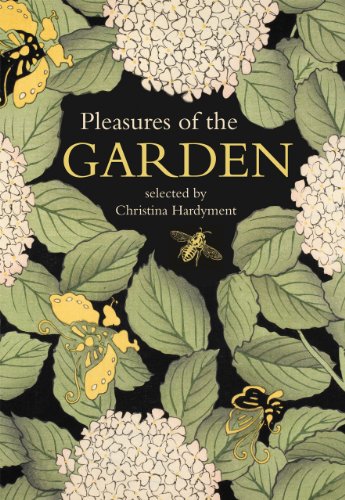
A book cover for Pleasures of the Garden: A Literary Anthology; Crafts, Hobbies & Home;